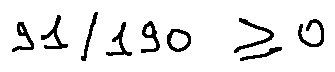
9 1 / 1 9 0 \geq 0